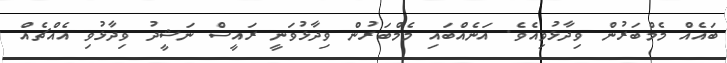
ބައެއް މެމްބަރުން ވިދާޅުވިއެވެ. އަނެއްބައި މެމްބަރުން ވިދާޅުވަނީ ރައީސް ނަޝީދު ވިދާޅުވި އެއްޗެއް